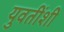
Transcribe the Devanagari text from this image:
युवतींशी